Leaving Certificate Examination, 1918
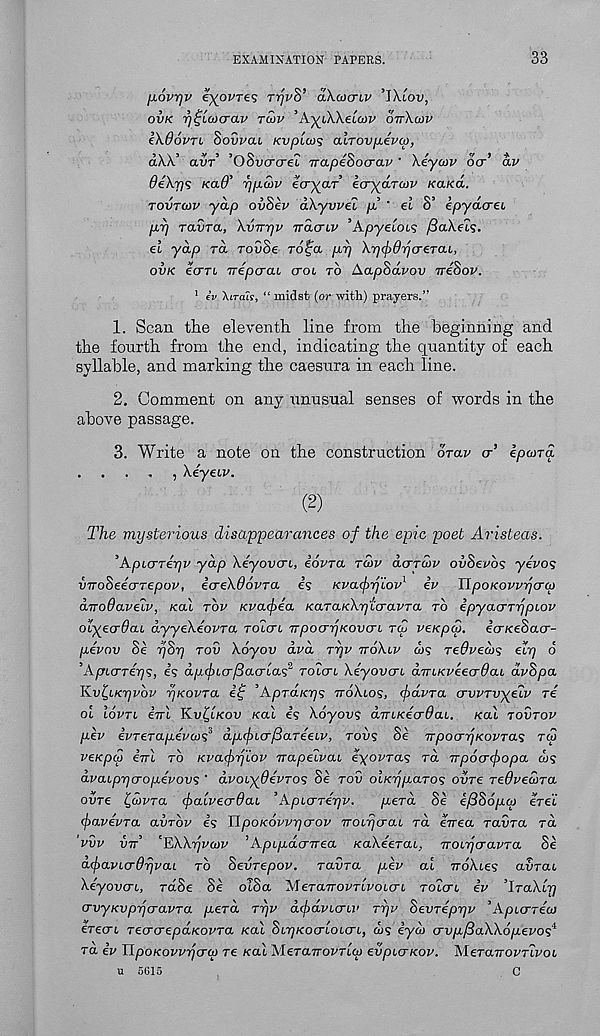
EXAMINATION PAPERS.
33
fi.6vr)v e^ovres rrjpS’ aXcocriv ’IXtou,
ovk rj^Lmcrav tu>v ’AyjXkeLa>v ottXcov
1X0optl Sovvai KvpLax; aLTOVfxevcp,
aAA avr (JovcrcreL irapebocrav keyaiv ocr av
OeXrjs KaO' rj/xcov ecr^ar’ ect^oltuv KaKa.
tovtov yap ovSev dXyvveZ p? ' ei S’ epydcrei
p.rj ravra, Xvnrjv vdcnv ’Apyeiobs /SaXets.
el ydp ra rovSe rofa /at) XpipOpcreTab,
ovk ecTTb Trepcrab crob to Aaphdvov ireSov.
1 iv An-alf, “ midst (or with) prayers.”
1. Scan the eleventh line from the beginning and
the fourth from the end, indicating the quantity of each
syllable, and marking the caesura in each line.
2. Comment on any unusual senses of words in the
above passage.
3. Write a note on the construction drav cr’ epona
The mysterious disappearances of the epic poet Aristeas.
’ApbCTTeyv ydp Xeyovcrb, iovra tcov dcrrcov ovSevbs yevo<;
vnoheeaTepov, icreXOovTa is Kva^rj'iov 1 iv ItpoKovvycrcp
dirodave'bv, /cat top Kva<f>ea /cara/cA-T/tcravTa to ipyacrrijpbov
otyecrOab dyyeXeovTa Tolub npocryKOvcrb rd veKpS. ecr/ceSacr-
pivov Se pSy tov Xoyov dvd Typ TroXbv a><? TeOvecos ely o
’ApbcrTeys, is dpcfrbcr/Sacrbas* TObcrb Xeyovcrb aTTbKpeecrOab dvSpa
Kv^bKyvbv yKovra Of ’Apraicys voXbos, (fidvra crvvTvyebv re
ot lovTb ini Kv&kov Kal is Xoyovs dnbKecrOab. /cal tovtop
pev ivTCTapevaiS’ dpbfibcrfiaTeebv, tovs Se npooryKOPTas ra!
veKpco ini to Kvacfylov napeZvab eyovTas rd npocrtpopa d>s
dvabpycropevovs ‘ dvobyOevTos Se tov olKyparos oijTe TeOveciiTa
ovre ^dvTa (falvecrOab ’Apberreyv.
peTa Se efiSopco erei
<favevTa avrbv is UpoKOvvycrov nobycrab rd enea raiiTa rd
pvp ott’ 'EXXyvwv ’ Apbpdcrnea /caXeerai, nobyerapra Se
df>avbcrOyvai to Sevrepov. radra pev at noXbes aorat
Xeyovcrb, rdSe Se otSa MeraTroi/rtrotcrt rotcrt iv ’IraXaTj
crvyKvpycruvTa perd ryv dfdvbcrbv ryv Sevrepyv ’A/ncrre'w
erecrt TecrcrepaKOPTa Kal StT//cocrtotcrt, a/? iyd> crvp/SaXXopevos 4
Ta ip UpoKovvyeroj re /cat MeTanovTbco evpbcrKOp. MeranoPTbPOb
u 5615
C